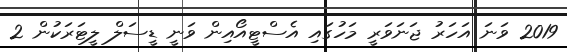
2019 ވަނަ އަހަރު ޖަނަވަރީ މަހުގައި އެސްޓީއޯއިން ވަނީ ޑީސަލް ލީޓަރަކުން 2